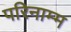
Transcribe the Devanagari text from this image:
परिनाम्म